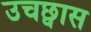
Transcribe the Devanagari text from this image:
उचछ्वास